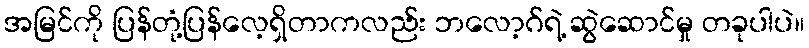
အမြင်ကို ပြန်တုံ့ပြန်လေ့ရှိတာကလည်း ဘလော့ဂ်ရဲ့ ဆွဲဆောင်မှု တခုပါပဲ။